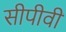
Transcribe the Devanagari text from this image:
सीपीवी